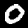
Label: 0